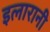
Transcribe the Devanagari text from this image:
इलारानी